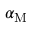
\alpha _ { \mathrm { M } }